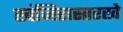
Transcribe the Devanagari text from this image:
खंजिरासारखे